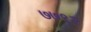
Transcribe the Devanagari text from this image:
७७९२